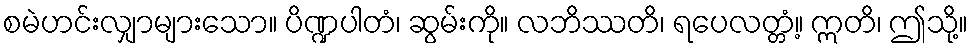
စမဲဟင်းလျှာများသော။ ပိဏ္ဍပါတံ၊ ဆွမ်းကို။ လဘိဿတိ၊ ရပေလတ္တံ့။ ဣတိ၊ ဤသို့။